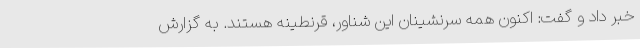
خبر داد و گفت: اکنون همه سرنشینان این شناور، قرنطینه هستند. به گزارش